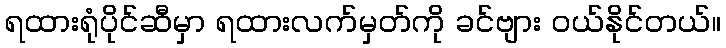
ရထားရုံပိုင်ဆီမှာ ရထားလက်မှတ်ကို ခင်ဗျား ဝယ်နိုင်တယ်။